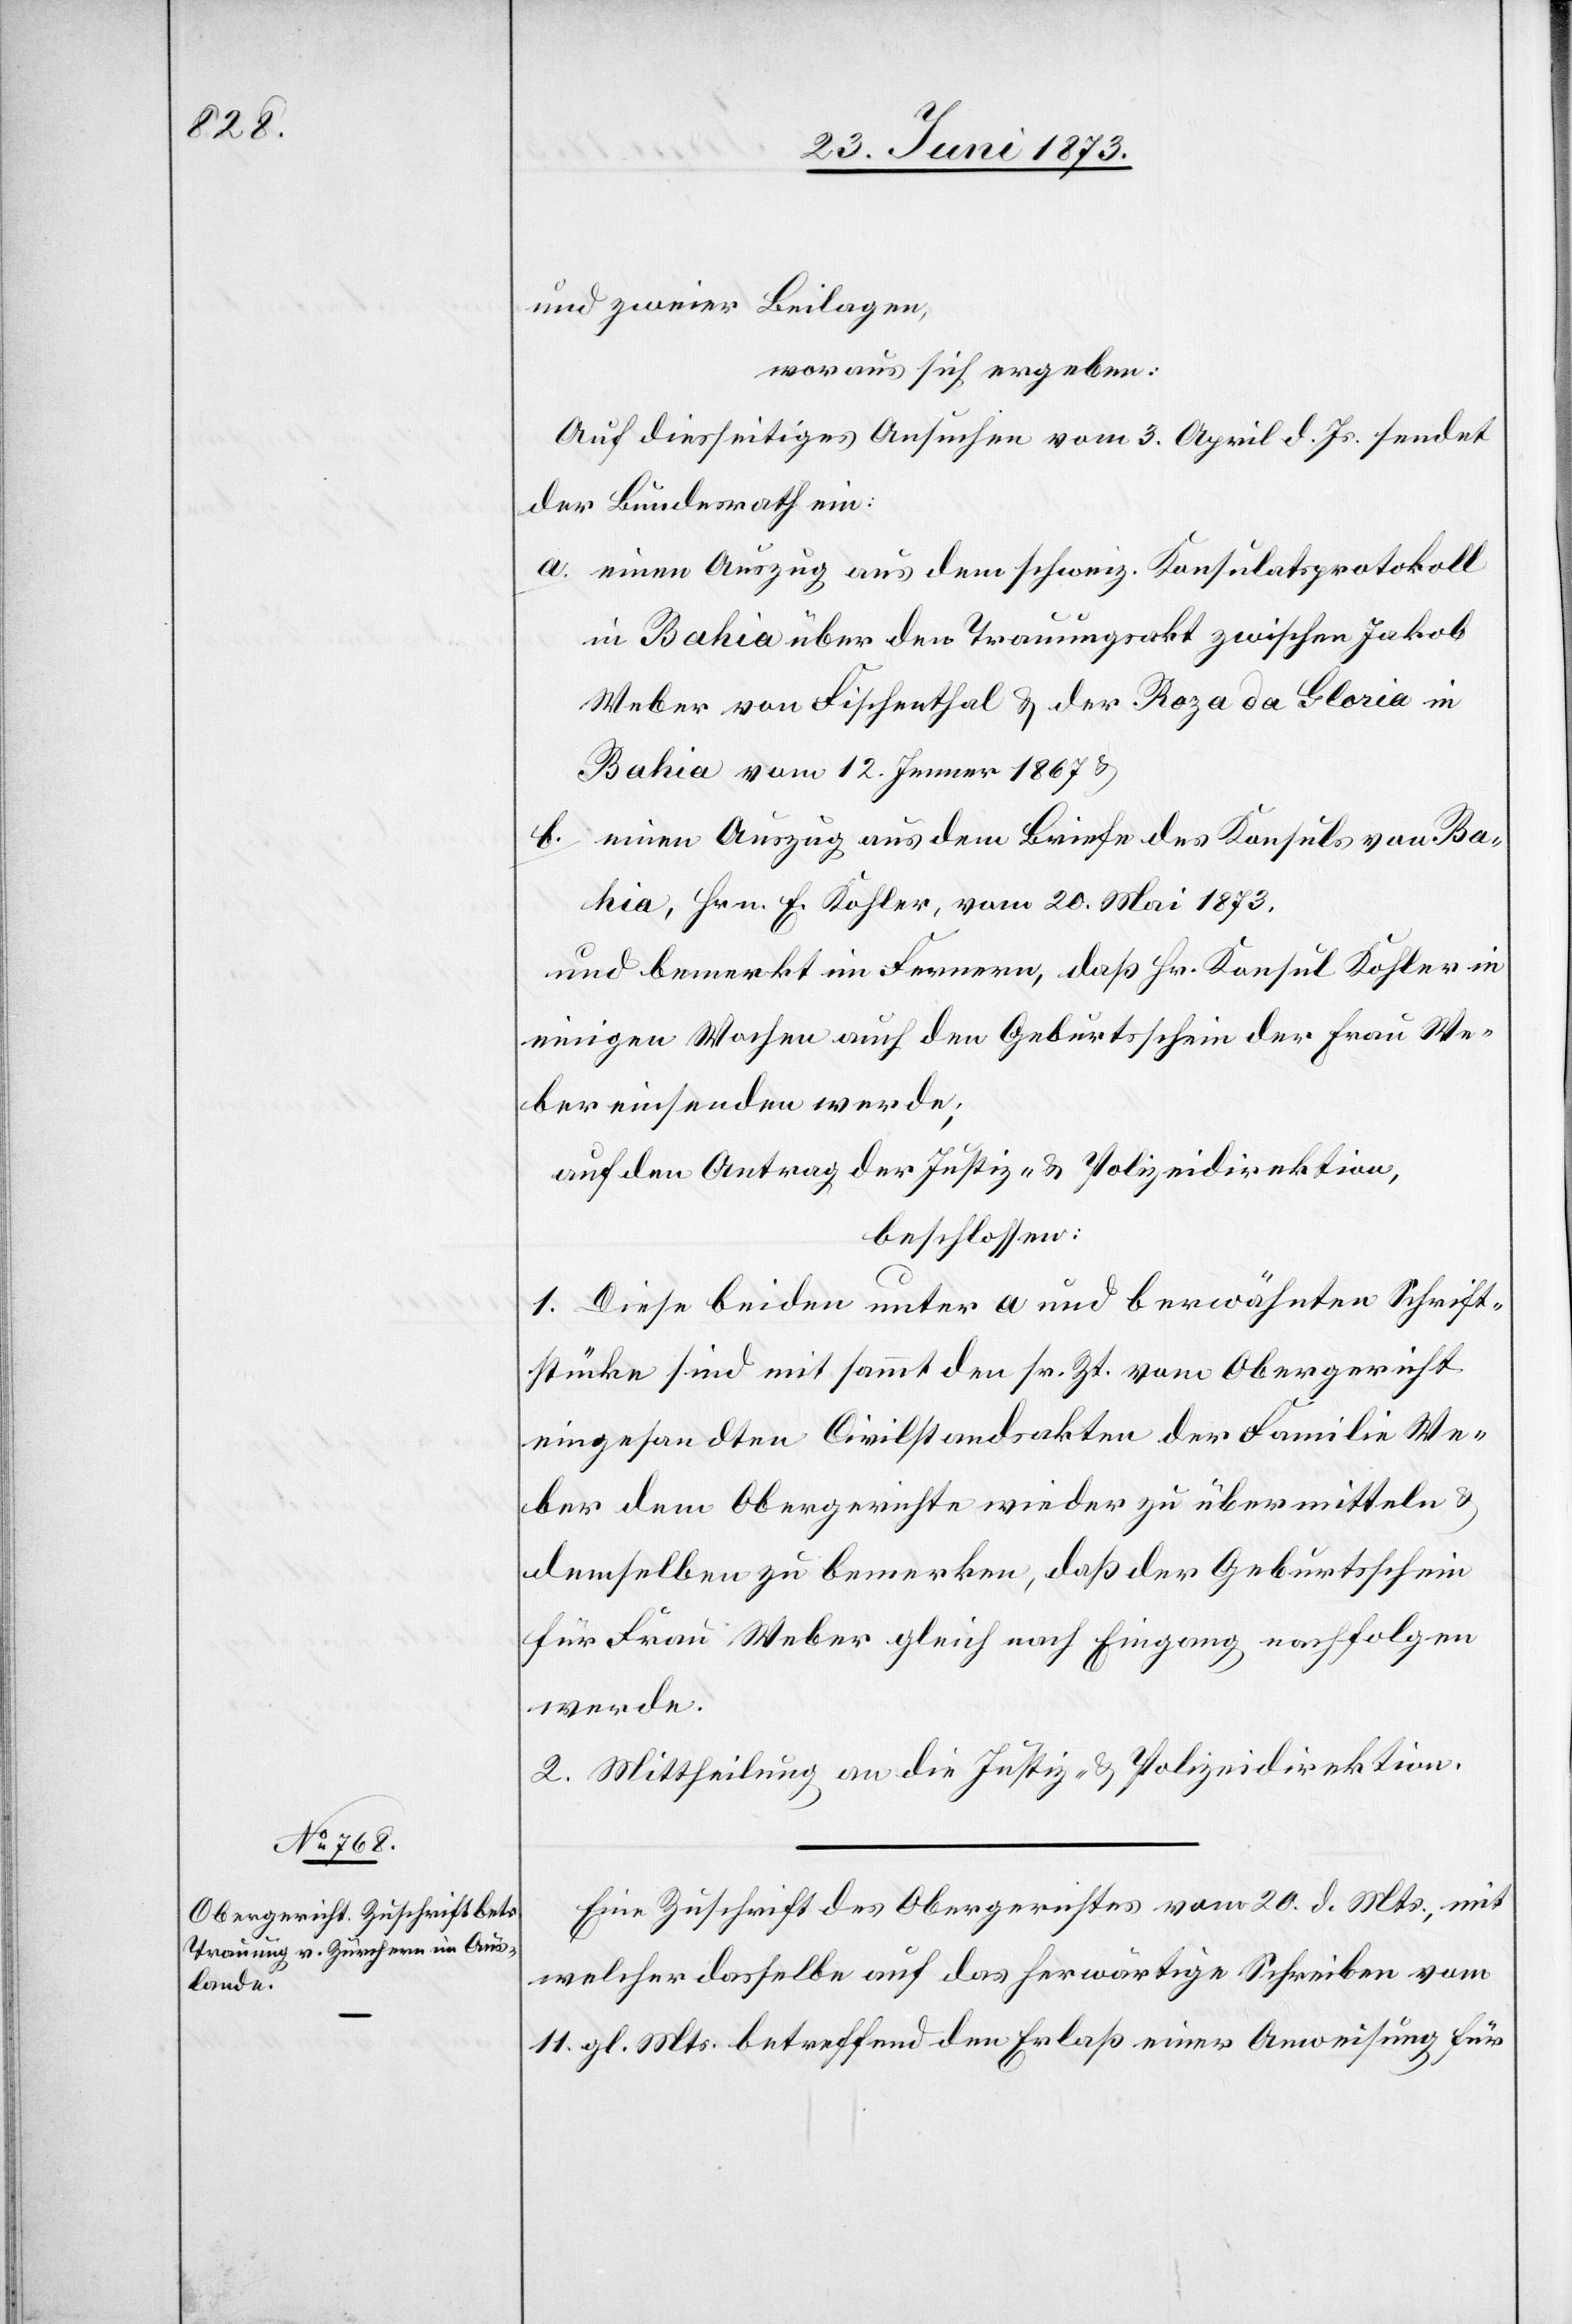
23. Juni 1873.]
und zweier Beilagen,
woraus sich ergeben:
Auf diesseitiges Ansuchen vom 3. April d. Js. sendet
der Bundesrath ein:
a. einen Auszug aus dem schweiz. Konsulatsprotokoll
in Bahia über den Trauungsakt zwischen Jakob
Weber von Fischenthal & der Roza da Gloria in
Bahia vom 12. Jenner 1867 &
b. einen Auszug aus dem Briefe des Konsuls von Ba¬
hia, Hrn. E. Kohler, vom 20. Mai 1873.
und bemerkt im Fernern, daß Hr. Konsul Kohler in
einigen Wochen auch den Geburtsschein der Frau We¬
ber einsenden werde;
auf den Antrag der Justiz- & Polizeidirektion,
beschlossen:
1. Diese beiden unter a und b erwähnten Schrift¬
stücke sind mit sammt den sr. Zt. vom Obergericht
eingesandten Civilstandsakten der Familie We¬
ber dem Obergerichte wieder zu übermitteln &
demselben zu bemerken, daß der Geburtsschein
für Frau Weber gleich nach Eingang nachfolgen
werde.
2. Mittheilung an die Justiz- & Polizeidirektion.
Eine Zuschrift des Obergerichtes vom 20. d. Mts., mit
welcher dasselbe auf das herwärtige Schreiben vom
11. gl. Mts. betreffend den Erlaß einer Anweisung für